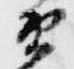
衛